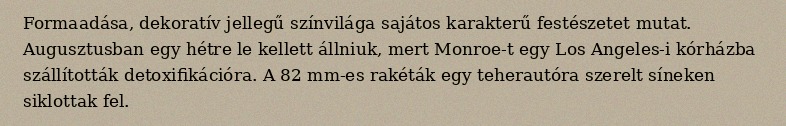
Formaadása, dekoratív jellegű színvilága sajátos karakterű festészetet mutat. Augusztusban egy hétre le kellett állniuk, mert Monroe-t egy Los Angeles-i kórházba szállították detoxifikációra. A 82 mm-es rakéták egy teherautóra szerelt síneken siklottak fel.